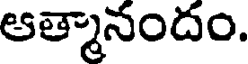
ఆత్మానందం.